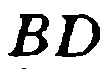
\(BD\)